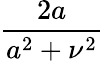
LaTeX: \frac{2a}{a^{2}+\nu^{2}}